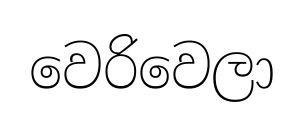
වෙරිවෙලා